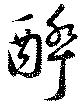
酔